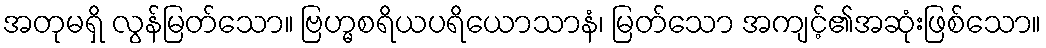
အတုမရှိ လွန်မြတ်သော။ ဗြဟ္မစရိယပရိယောသာနံ၊ မြတ်သော အကျင့်၏အဆုံးဖြစ်သော။